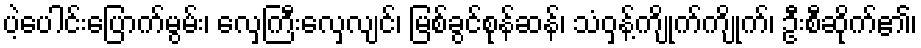
ပဲ့ပေါင်းပြောက်မွမ်း၊ လှေကြီးလှေလျင်၊ မြစ်ခွင်စုန်ဆန်၊ သံဝှန့်ကျိုက်ကျိုက်၊ ဦးစီဆိုက်၏၊